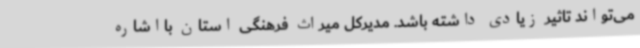
می‌تواند تاثیر زیادی داشته باشد. مدیرکل میراث فرهنگی استان بااشاره